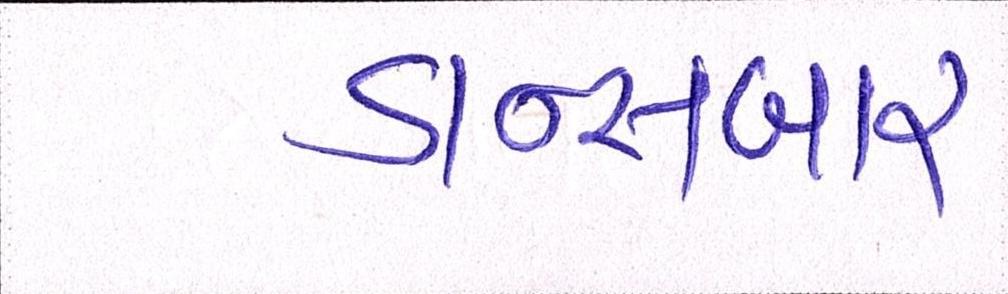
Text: ડાન્સબાર